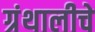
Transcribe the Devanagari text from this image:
ग्रंथालीचे